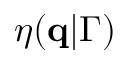
\eta ( \mathbf { q } | \Gamma )